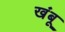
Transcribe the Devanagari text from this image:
खंबू